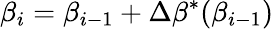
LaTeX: \beta_{i}=\beta_{i-1}+\Delta\beta^{*}(\beta_{i-1})